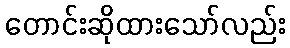
တောင်းဆိုထားသော်လည်း